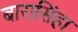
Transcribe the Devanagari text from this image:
बारासिंहा